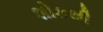
શોકથી